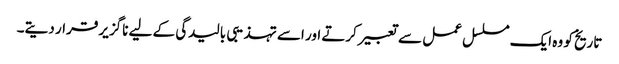
تاریخ کو وہ ایک مسلسل عمل سے تعبیر کرتے اور اسے تہذیبی بالیدگی کے لیے ناگزیر قرار دیتے۔